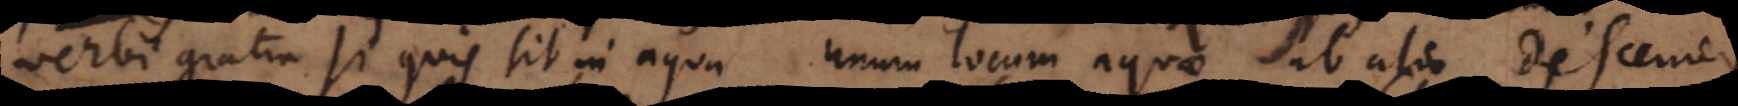
Verbi gratia si quis sit in aqua unum locum aquae ab alio discern